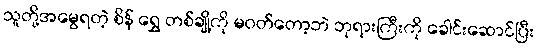
သူတို့အမွေရတဲ့ စိန် ရွှေ တစ်ချို့ကို မဝတ်တော့ဘဲ ဘုရားကြီးကို ခေါင်းဆောင်ပြီး